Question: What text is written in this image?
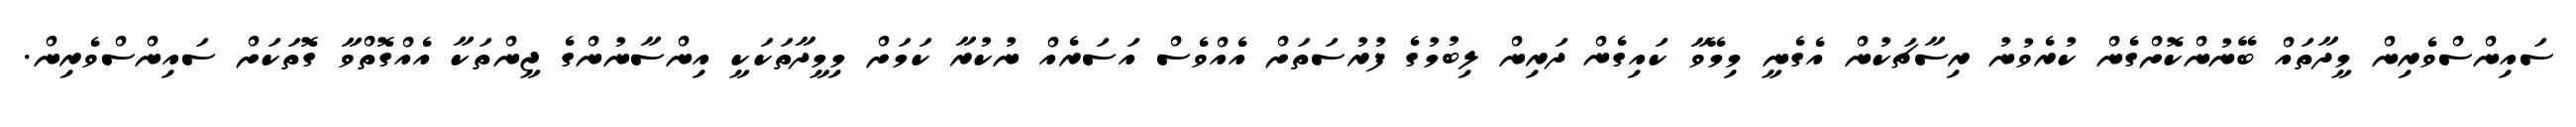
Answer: ސައިންސްވެރިން މީދާތައް ބޭނުންކޮށްގެން ކުރެވުނު ރިސާޗަކުން އެގެނީ މިމޭވާ ކައިގެން ދަރިން ލިބުމުގެ ފުރުސަތަށް އެއްވެސް އަސަރެއް ނުކުރާ ކަމަށް މިމީދާތަކަކީ އިންސާނުންގެ ޖީންތަކާ އެއްގޮތްވާ ގޮތަކަށް ސައިންސްވެރިން.